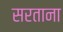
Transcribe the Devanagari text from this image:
सरताना